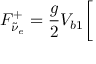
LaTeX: F _ { \tilde { \nu } _ { e } } ^ { + } = { \frac { g } { 2 } } V _ { b 1 } \bigg [